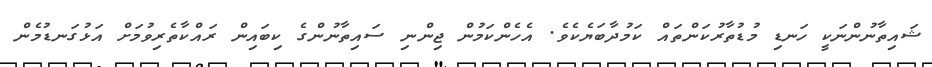
ޝައިތާނުންނަކީ ހަނޑި މުޑުތާރުކަންތައް ކަމުދާބަޔެކެވެ. އެހެންކަމުން ޖިންނި ސައިތާނުންގެ ކިބައިން ރައްކާތެރިވުމަށް އަޅުގަނޑުމެން